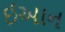
ઈઆન